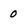
Character: 0